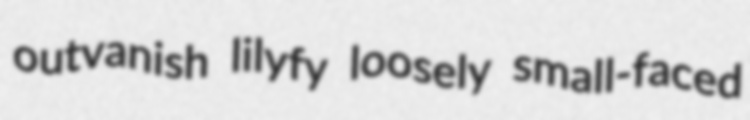
outvanish lilyfy loosely small-faced